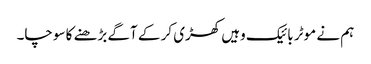
ہم نے موٹر بائیک وہیں کھڑی کر کے آگے بڑھنے کا سوچا۔